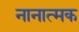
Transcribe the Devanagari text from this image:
नानात्मक